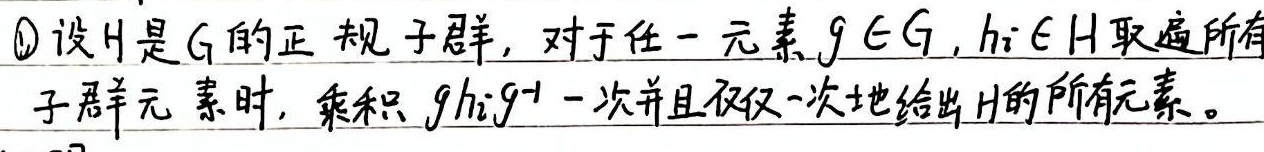
\textcircled{1} 设 \(H\) 是 \(G\) 的正规子群，对于任一元素 \(g \in G\)，当 \(h_i \in H\) 取遍所有子群元素时，乘积 \(gh_ig^{-1}\) 一次并且仅仅一次地给出 \(H\) 的所有元素。